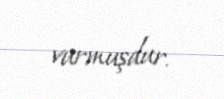
vurmuşdur.